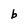
Character: b